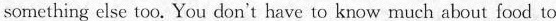
something else too. You don't have to know much about food to